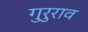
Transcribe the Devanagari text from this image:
गुरुराव